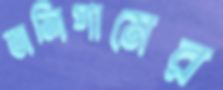
তালিপামের